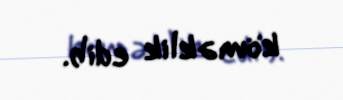
köməklik edib.